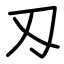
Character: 刄